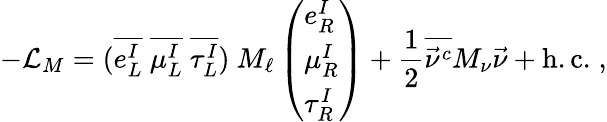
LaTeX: -{\cal L}_{M}=(\overline{{{e_{L}^{I}}}}\ \overline{{{\mu_{L}^{I}}}}\ \overline{{{\tau_{L}^{I}}}})\ M_{\ell}\left(\begin{array}{l}{{e_{R}^{I}}}\\ {{\mu_{R}^{I}}}\\ {{\tau_{R}^{I}}}\end{array}\right)+\frac{1}{2}\overline{{{\vec{\nu}^{c}}}}M_{\nu}\vec{\nu}+\mathrm{h.c.}\; ,